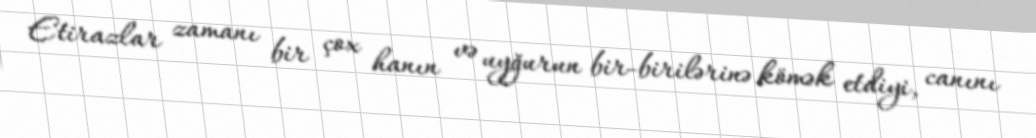
Etirazlar zamanı bir çox hanın və uyğurun bir-birilərinə kömək etdiyi, canını